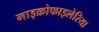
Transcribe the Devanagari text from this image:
माइक्रोफाइलेरिया